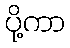
ပို့ကာ